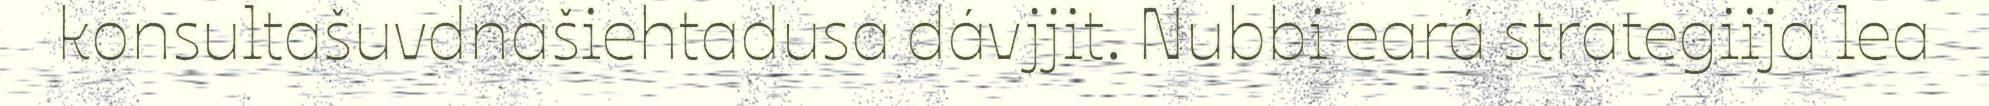
konsultašuvdnašiehtadusa dávjjit. Nubbi eará strategiija lea